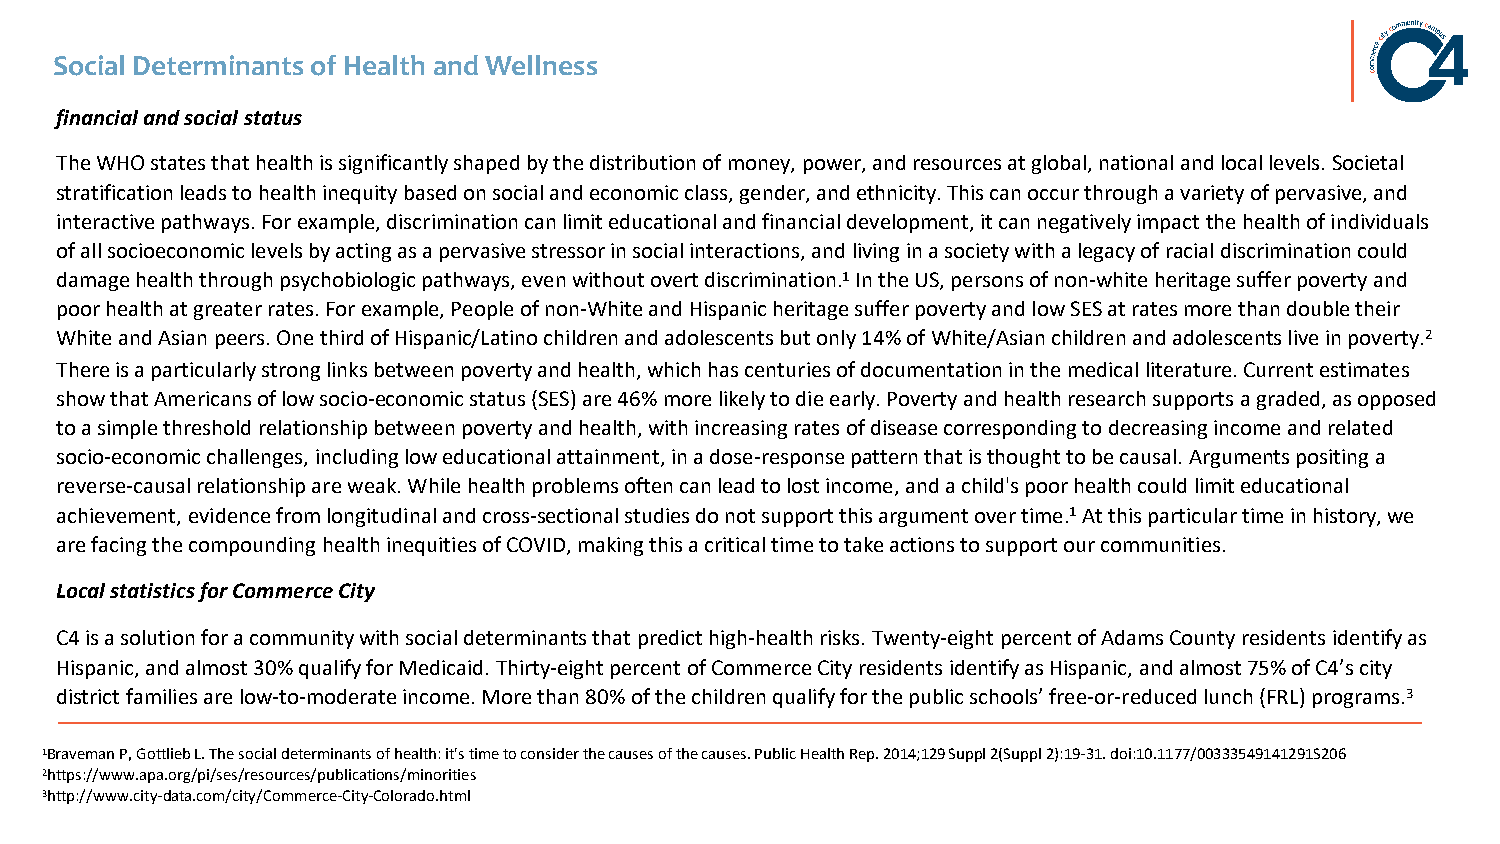
Social Determinants of Health and Wellness
 financial and social status
 The WHO states that health is significantly shaped by the distribution of money, power, and resources at global, national andlocal levels. Societal
 stratification leads to health inequity based on social and economic class, gender, and ethnicity. This can occur through a variety of pervasive, and
 interactive pathways. For example, discrimination can limit educational and financial development, it can negatively impact the health of individuals
 of all socioeconomic levels by acting as a pervasive stressor in social interactions, and living in a society with a legacy of racial discrimination could
 damage health through psychobiologic pathways, even without overt discrimination.1In the US, persons of non-white heritage suffer poverty and
 poor health at greater rates. For example, People of non-White and Hispanic heritage suffer poverty and low SES at rates more than double their
 White and Asian peers. One third of Hispanic/Latino children and adolescents but only 14% of White/Asian children and adolescents live in poverty.2
 There is a particularly strong links between poverty and health, which has centuries of documentation in the medical literature.Current estimates
 show that Americans of low socio-economic status (SES) are 46% more likely to die early. Poverty and health research supports a graded, as opposed
 to a simple threshold relationship between poverty and health, with increasing rates of disease corresponding to decreasing income and related
 socio-economic challenges, including low educational attainment, in a dose-response pattern that is thought to be causal. Arguments positing a
 reverse-causal relationship are weak. While health problems often can lead to lost income, and a child's poor health could limiteducational
 achievement, evidence from longitudinal and cross-sectional studies do not support this argument over time.1At this particular time in history, we
 are facing the compounding health inequities of COVID, making this a critical time to take actions to support our communities.
 Local statistics for Commerce City
 C4 is a solution for a community with social determinants that predict high-health risks. Twenty-eight percent of Adams County residents identify as
 Hispanic, and almost 30% qualify for Medicaid. Thirty-eight percent of Commerce City residents identify as Hispanic, and almost 75% of C4’s city
 district families are low-to-moderate income. More than 80% of the children qualify for the public schools’ free-or-reduced lunch (FRL) programs.3
 1Braveman P, Gottlieb L. The social determinants of health: it's time to consider the causes of the causes. Public Health Rep.2014;129 Suppl 2(Suppl 2):19-31. doi:10.1177/00333549141291S206
 2https://www.apa.org/pi/ses/resources/publications/minorities
 3http://www.city-data.com/city/Commerce-City-Colorado.html